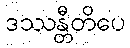
ဒဿန္တီတိပေ